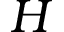
H